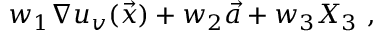
w _ { 1 } \nabla u _ { v } ( \vec { x } ) + w _ { 2 } \vec { a } + w _ { 3 } X _ { 3 } \ ,